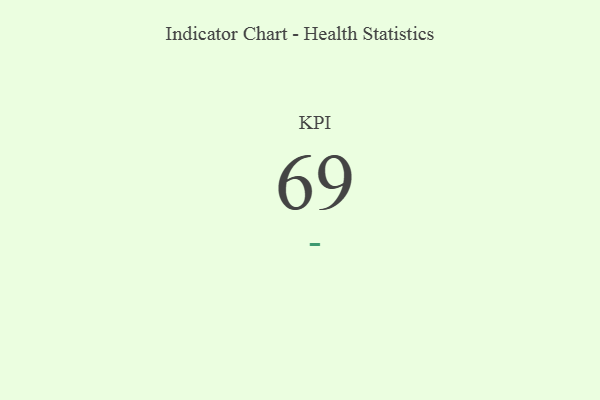
{"axis": {"x": "KPI", "y": "Value"}, "legend": [""], "data": [{"x": "KPI", "y": 69, "type": ""}]}